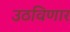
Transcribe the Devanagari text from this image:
उठविणार